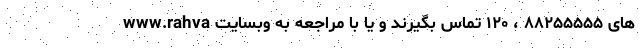
های ۸۸۲۵۵۵۵۵ ، ۱۲۰ تماس بگیرند و یا با مراجعه به وبسایت www.rahva